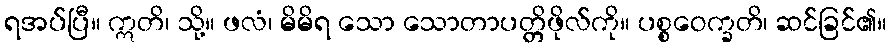
ရအပ်ပြီ။ ဣတိ၊ သို့။ ဖလံ၊ မိမိရ သော သောတာပတ္တိဖိုလ်ကို။ ပစ္စဝေက္ခတိ၊ ဆင်ခြင်၏။